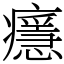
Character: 𤻘